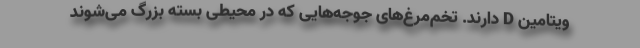
ویتامین D دارند. تخم‌مرغ‌های جوجه‌هایی که در محیطی بسته بزرگ می‌شوند